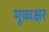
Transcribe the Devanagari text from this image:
मूळाक्षर